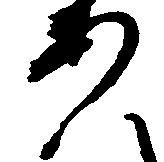
あ